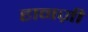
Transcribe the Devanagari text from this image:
हानज़ी